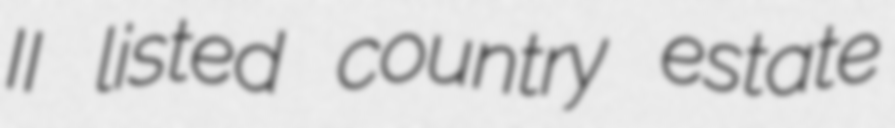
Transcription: II listed country estate